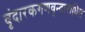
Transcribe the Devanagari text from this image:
वृंदारकगणवृन्दाराधित